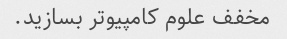
مخفف علوم کامپیوتر بسازید.